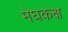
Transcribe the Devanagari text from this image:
मेघकक्ष